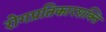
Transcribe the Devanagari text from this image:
रोगप्रतिकारशक्ति